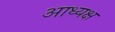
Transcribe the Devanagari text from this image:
आध्यक्ष